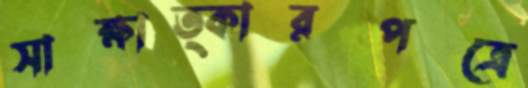
সাক্ষাত্কারপত্রে